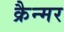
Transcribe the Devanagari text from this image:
क्रैन्मर